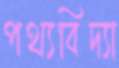
পথ্যবিদ্যা